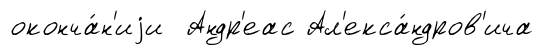
оконча́н'иjи Андр'еас Ал'екса́ндров'ича